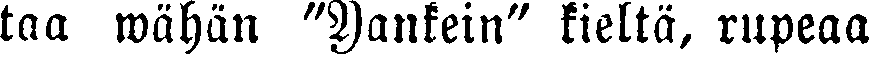
taa wähän "Yankein" kieltä, rupeaa